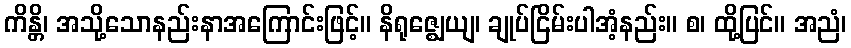
ကိန္တိ၊ အသို့သောနည်းနာအကြောင်းဖြင့်။ နိရုဇ္ဈေယျ၊ ချုပ်ငြိမ်းပါအံ့နည်း။ စ၊ ထို့ပြင်။ အညံ၊